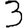
Digit: 3